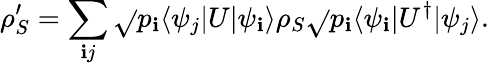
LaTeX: \rho_{S}^{\prime}=\sum_{\mathbf{i}j}{\sqrt{}{{p_{\mathbf{i}}}}}\langle\psi_{j}|U|\psi_{\mathbf{i}}\rangle\rho_{S}{\sqrt{}{{p_{\mathbf{i}}}}}\langle\psi_{\mathbf{i}}|U^{\dagger}|\psi_{j}\rangle.